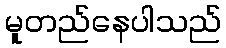
မူတည်နေပါသည်